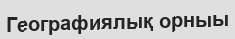
Географиялық орныы